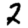
Digit: 2